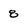
Character: 8